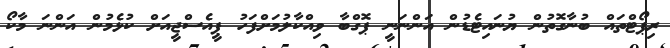
ރިޕޯޓްތައް ބުނާގޮތުން ޔުނައިޓެޑުން އަންނަނީ ޕޮގްބާ ވިއްކާލުމަށްފަހު ޕީއެސްޖީއަށް ކުޅެމުން އަންނަ މާކޯ